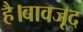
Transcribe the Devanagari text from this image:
है।बावजूद